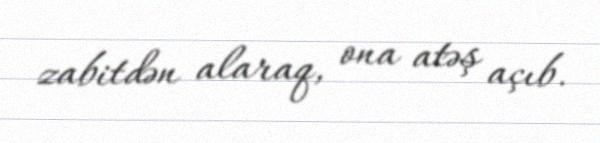
zabitdən alaraq, ona atəş açıb.